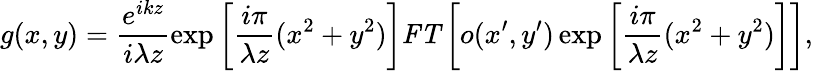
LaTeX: g(x,y)=\frac{e^{ikz}}{i\lambda z}\exp\left[\frac{i\pi}{\lambda z}(x^{2}+y^{2})\right]\textbf{\textit{FT}}\left[o(x^{\prime},y^{\prime})\exp\left[\frac{i\pi}{\lambda z}(x^{2}+y^{2})\right]\right],